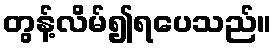
တွန့်လိမ်၍ရပေသည်။